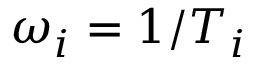
\omega _ { i } = 1 / T _ { i }